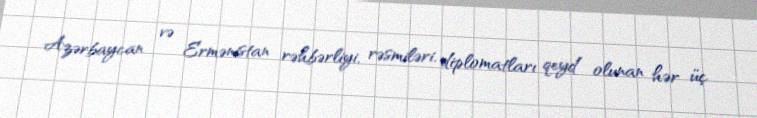
Azərbaycan və Ermənistan rəhbərliyi, rəsmiləri, diplomatları qeyd olunan hər üç